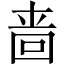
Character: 啬